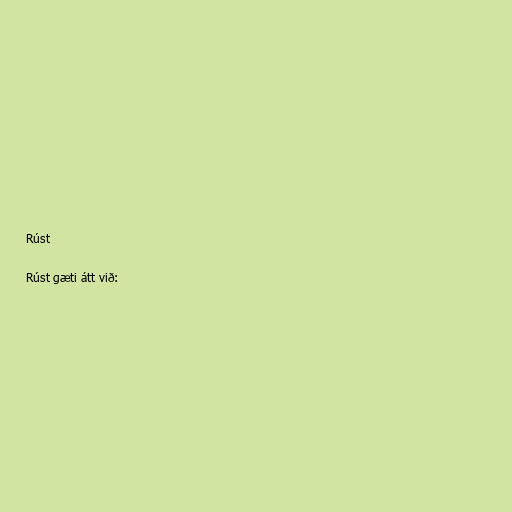
Rúst

Rúst gæti átt við: